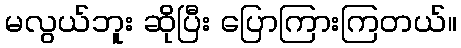
မလွယ်ဘူး ဆိုပြီး ပြောကြားကြတယ်။